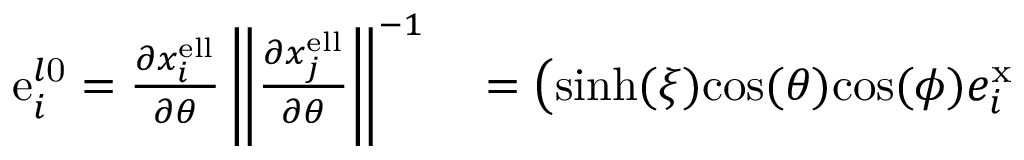
\begin{array} { r l } { \mathrm { e } _ { i } ^ { l \mathrm { 0 } } = \frac { \partial x _ { i } ^ { \mathrm { e l l } } } { \partial \theta } \left\| \frac { \partial x _ { j } ^ { \mathrm { e l l } } } { \partial \theta } \right\| ^ { - 1 } } & { { } = \left( \mathrm { s i n h } ( \xi ) \mathrm { c o s } ( \theta ) \mathrm { c o s } ( \phi ) e _ { i } ^ { \mathrm { x } } \right. } \end{array}